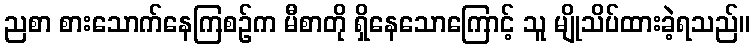
ညစာ စားသောက်နေကြစဉ်က မီစာတို ရှိနေသောကြောင့် သူ မျိုသိပ်ထားခဲ့ရသည်။